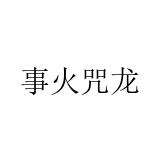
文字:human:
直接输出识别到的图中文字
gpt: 事火咒龙